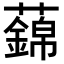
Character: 𧃃